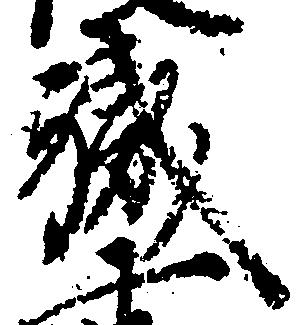
職